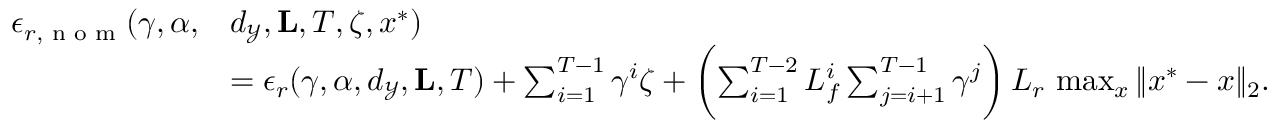
\begin{array} { r l } { \epsilon _ { r , \textnormal { n o m } } ( \gamma , \alpha , } & { d _ { \mathcal { Y } } , \mathbf { L } , T , \zeta , x ^ { * } ) } \\ & { = \epsilon _ { r } ( \gamma , \alpha , d _ { \mathcal { Y } } , \mathbf { L } , T ) + \sum _ { i = 1 } ^ { T - 1 } \gamma ^ { i } \zeta + \biggl ( \sum _ { i = 1 } ^ { T - 2 } L _ { f } ^ { i } \sum _ { j = i + 1 } ^ { T - 1 } \gamma ^ { j } \biggr ) \, L _ { r } \, \operatorname* { m a x } _ { x } \| x ^ { * } - x \| _ { 2 } . } \end{array}